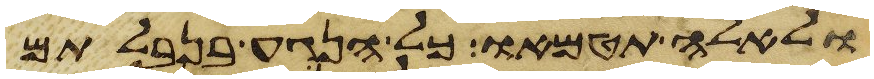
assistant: ולאלה תטמאו כל הנגע בנבלתם